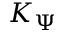
K _ { \Psi }